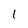
Character: 1